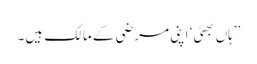
’’ہاں بھئی ‘ اپنی مرضی کے مالک ہیں۔